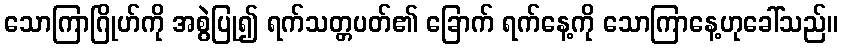
သောကြာဂြိုဟ်ကို အစွဲပြု၍ ရက်သတ္တပတ်၏ ခြောက် ရက်နေ့ကို သောကြာနေ့ဟုခေါ်သည်။